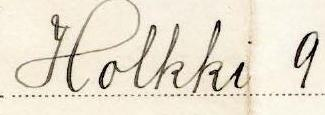
Holkki 9